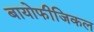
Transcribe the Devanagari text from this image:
बायोफीजिकल